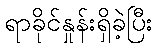
ရာခိုင်နှုန်းရှိခဲ့ပြီး